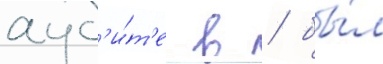
ауд'и́т'е в / бы́л